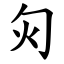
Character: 灳